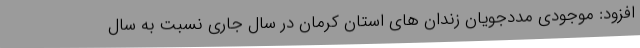
افزود: موجودی مددجویان زندان های استان کرمان در سال جاری نسبت به سال